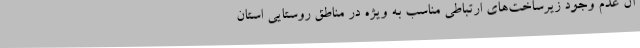
آن عدم وجود زیرساخت‌های ارتباطی مناسب به ویژه در مناطق روستایی استان